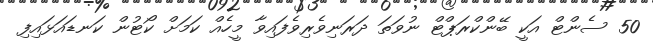
50 ސެންޓް އަކީ ބޭންކްރަޕްޓް ނުވަތަ ދަރަނިވެރިވެފައިވާ މީހެއް ކަމަށް ކޯޓުން ކަނޑައަޅައިފި